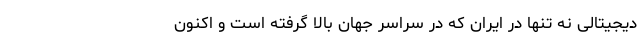
دیجیتالی نه تنها در ایران که در سراسر جهان بالا گرفته است و اکنون